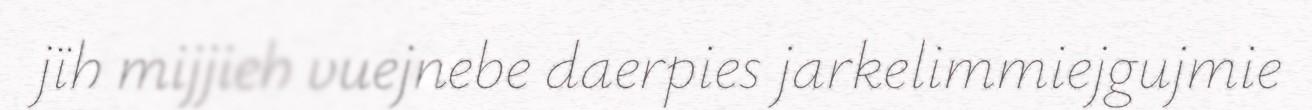
jïh mijjieh vuejnebe daerpies jarkelimmiejgujmie